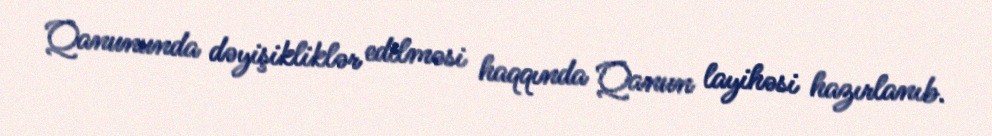
Qanununda dəyişikliklər edilməsi haqqında Qanun layihəsi hazırlanıb.